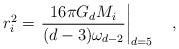
\begin{align*}r_i^2 = \left. {\frac{16\pi G_d M_i}{(d-3) \omega_{d-2}}}\right|_{d=5}\quad ,\end{align*}